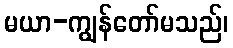
မယာ-ကျွန်တော်မသည်၊